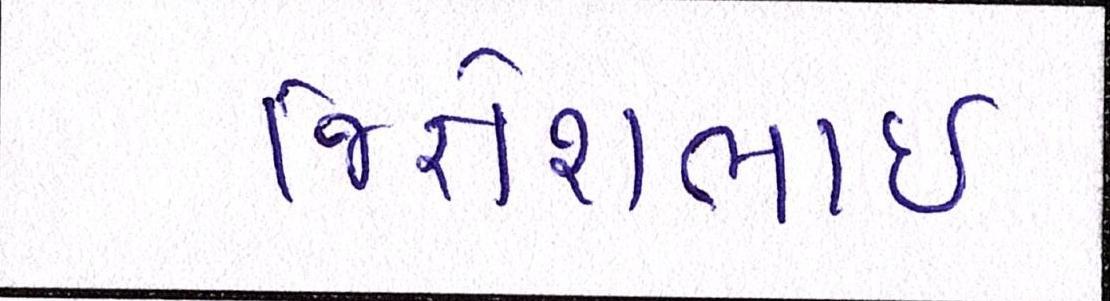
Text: જિજ્ઞેશભાઇ